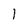
Character: 1